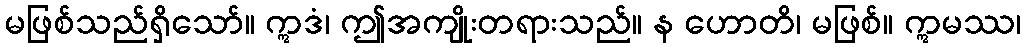
မဖြစ်သည်ရှိသော်။ ဣဒံ၊ ဤအကျိုးတရားသည်။ န ဟောတိ၊ မဖြစ်။ ဣမဿ၊